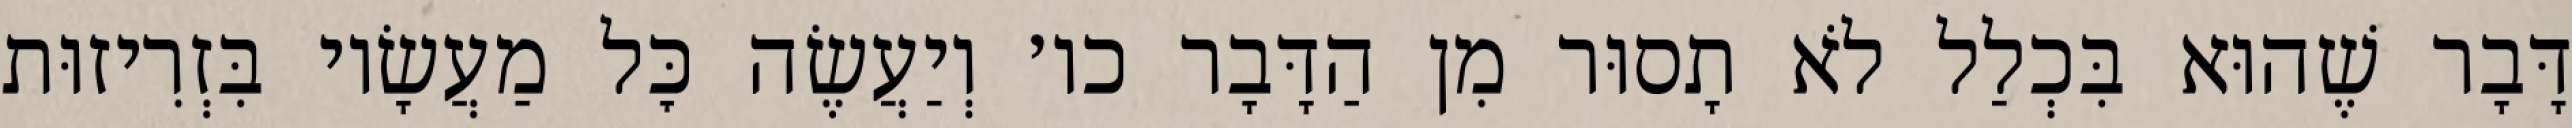
דָּבָר שֶׁהוּא בִּכְלַל לֹא תָסוּר מִן הַדָּבָר כו׳ וְיַעֲשֶׂה כׇּל מַעֲשָׂיו בִּזְרִיזוּת